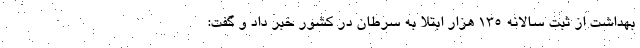
بهداشت از ثبت سالانه 135 هزار ابتلا به سرطان در کشور خبر داد و گفت: